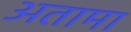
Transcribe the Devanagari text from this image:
अतामा